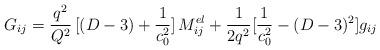
LaTeX: \begin{align*}G_{ij}={q^{2}\over Q^2}\,[(D-3)+{{1}\over{c_{0}^{2}}}] \,M^{el}_{ij} +{{1}\over{2 q^{2}}}[{{1}\over{c_{0}^{2}}}-(D-3)^{2}]g_{ij} \end{align*}